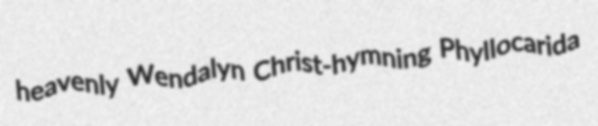
heavenly Wendalyn Christ-hymning Phyllocarida